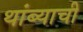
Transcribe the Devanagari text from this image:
थांब्याची